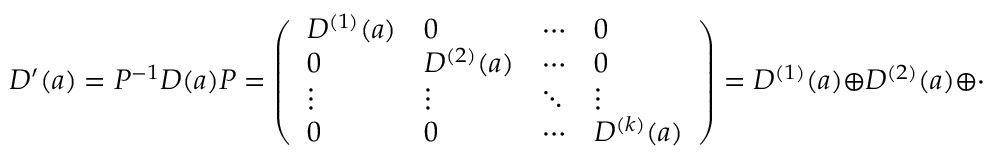
D ^ { \prime } ( a ) = P ^ { - 1 } D ( a ) P = { \left( \begin{array} { l l l l } { D ^ { ( 1 ) } ( a ) } & { 0 } & { \cdots } & { 0 } \\ { 0 } & { D ^ { ( 2 ) } ( a ) } & { \cdots } & { 0 } \\ { \vdots } & { \vdots } & { \ddots } & { \vdots } \\ { 0 } & { 0 } & { \cdots } & { D ^ { ( k ) } ( a ) } \end{array} \right) } = D ^ { ( 1 ) } ( a ) \oplus D ^ { ( 2 ) } ( a ) \oplus \cdots \oplus D ^ { ( k ) } ( a ) ,